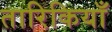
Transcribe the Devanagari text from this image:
तारिकियाँ